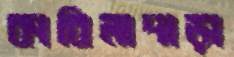
কাবিলাপাড়া